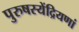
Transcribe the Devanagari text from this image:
पुरुषस्येंद्रियणां